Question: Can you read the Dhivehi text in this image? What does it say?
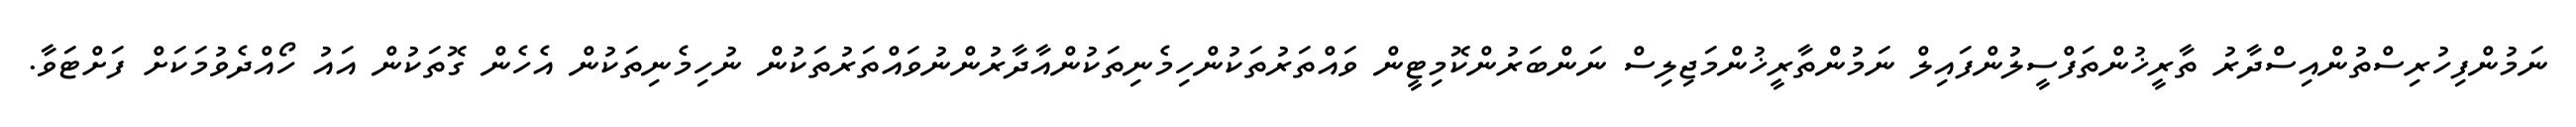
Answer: ނަމުންފިހުރިސްތުންއިސްދާރު ތާރީޚުންތަފްސީލުންފައިލް ނަމުންތާރީޚުންމަޖިލިސް ނަންބަރުންކޮމިޓީން ވައްތަރުތަކުންހިމެނިތަކުންއާދާރުންނުވައްތަރުތަކުން ނުހިމެނިތަކުން އެހެން ގޮތަކުން އައު ހޯއްދެވުމަކަށް ފަށްޓަވާ.